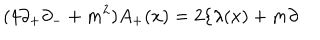
( 4 { \partial } _ { + } { \partial } _ { - } + m ^ { 2 } ) A _ { + } ( x ) = 2 \{ { \lambda } ( x ) + m { \partial }